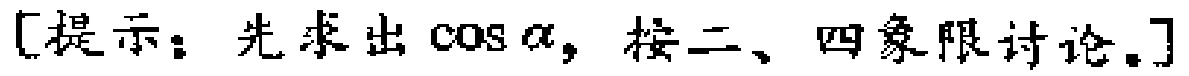
[提示：先求出\(\cos\alpha\)，按二、四象限讨论。]